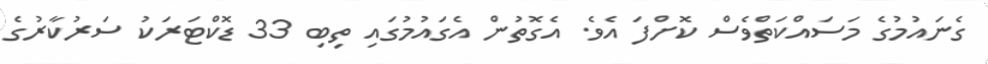
ގެނައުމުގެ މަސައްކަތްވެސް ކޮށްފަ އެވެ. އެގޮތުން އެގައުމުގައި ތިބި 33 ޑޮކްޓަރަކު ސަރުކާރުގެ